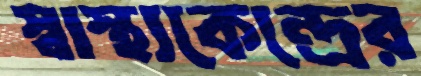
স্বাস্থ্যকেন্দ্রের